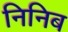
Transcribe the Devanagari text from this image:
निनिब